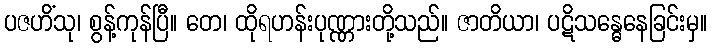
ပဇဟိံသု၊ စွန့်ကုန်ပြီ။ တေ၊ ထိုရဟန်းပုဏ္ဏားတို့သည်။ ဇာတိယာ၊ ပဋိသန္ဓေနေခြင်းမှ။